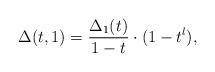
LaTeX: \begin{align*}\Delta(t,1)=\frac{\Delta_1(t)}{1-t}\cdot(1-t^l),\end{align*}